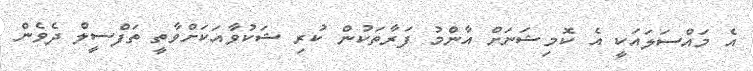
އެ މައްސަލައަކީ އެ ކޮމިޝަނަށް އާންމު ފަރާތަކުން ކުރި ޝަކުވާއަކަށްވާތީ ތަފްސީލް ދެވެން